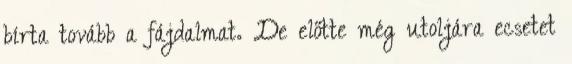
bírta tovább a fájdalmat. De előtte még utoljára ecsetet